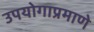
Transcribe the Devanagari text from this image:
उपयोगाप्रमाणे